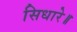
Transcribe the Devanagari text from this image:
सिधारे॥